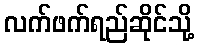
လက်ဖက်ရည်ဆိုင်သို့